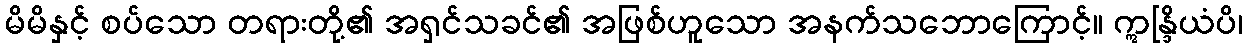
မိမိနှင့် စပ်သော တရားတို့၏ အရှင်သခင်၏ အဖြစ်ဟူသော အနက်သဘောကြောင့်။ ဣန္ဒြိယံပိ၊